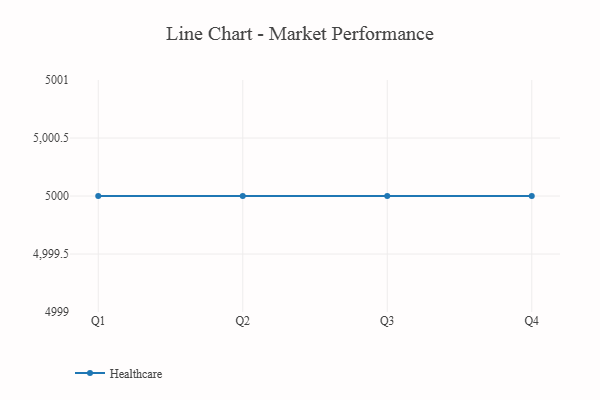
{"axis": {"x": "Quarter", "y": "Revenue (USD Million)"}, "legend": ["Healthcare"], "data": [{"x": "Q1", "y": 5000, "type": "Healthcare"}, {"x": "Q2", "y": 5000, "type": "Healthcare"}, {"x": "Q3", "y": 5000, "type": "Healthcare"}, {"x": "Q4", "y": 5000, "type": "Healthcare"}]}